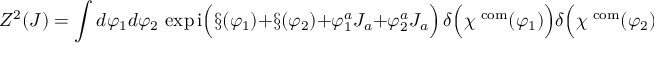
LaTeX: Z ^ { 2 } ( J ) = \int d \varphi _ { 1 } d \varphi _ { 2 } \, \exp \mathrm { i } \Bigl ( \S ( \varphi _ { 1 } ) + \S ( \varphi _ { 2 } ) + \varphi _ { 1 } ^ { a } J _ { a } + \varphi _ { 2 } ^ { a } J _ { a } \Bigr ) \, \delta \Bigl ( \chi ^ { \mathrm { \scriptsize ~ c o m } } ( \varphi _ { 1 } ) \Bigr ) \delta \Bigl ( \chi ^ { \mathrm { \scriptsize ~ c o m } } ( \varphi _ { 2 } ) \Bigr ) \; .